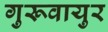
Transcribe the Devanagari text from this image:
गुरूवायुर